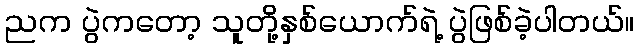
ညက ပွဲကတော့ သူတို့နှစ်ယောက်ရဲ့ ပွဲဖြစ်ခဲ့ပါတယ်။